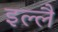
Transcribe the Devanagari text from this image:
इल्लै